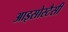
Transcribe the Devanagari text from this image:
आइसोस्टैसी